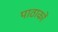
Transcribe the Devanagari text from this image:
पाठाकों